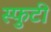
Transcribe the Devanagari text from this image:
स्फुटी